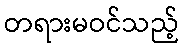
တရားမဝင်သည့်